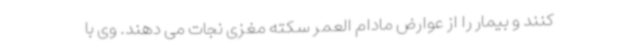
کنند و بیمار را از عوارض مادام العمر سکته مغزی نجات می دهند. وی با